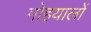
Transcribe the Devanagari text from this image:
मोहयालों